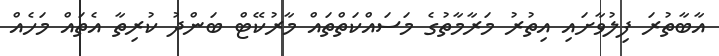
އާބާތުރަ ފިލުވާށައި އިތުރު މަރާމާތުގެ މަސައްކަތްތައް މާރުކޭޓް ބަންދު ކުރިތާ އެތައް މަހެއް